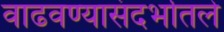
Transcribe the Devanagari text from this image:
वाढवण्यासंदर्भातले